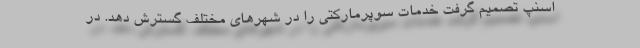
اسنپ تصمیم گرفت خدمات سوپرمارکتی را در شهرهای مختلف گسترش دهد. در